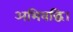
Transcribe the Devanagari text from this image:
अभिवद्धि।